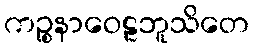
ကဉ္စနာဝေဠဘူသိတေ